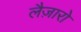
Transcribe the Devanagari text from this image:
लैज़ारो